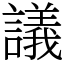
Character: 議